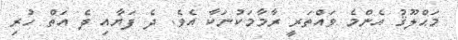
މަޙްލޫޤު އެންމެ ވައްތަރީ ރާމާމަކުނަކާ އެވެ. ދެ ފަޔާއި ދެ އަތް ހުރި